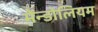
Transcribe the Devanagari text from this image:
मेंन्डोलियम